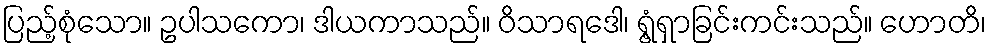
ပြည့်စုံသော။ ဥပါသကော၊ ဒါယကာသည်။ ဝိသာရဒေါ၊ ရွံ့ရှာခြင်းကင်းသည်။ ဟောတိ၊